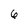
Character: 6